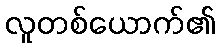
လူတစ်ယောက်၏